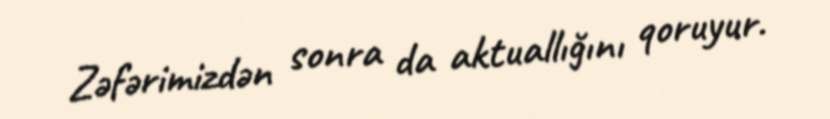
Zəfərimizdən sonra da aktuallığını qoruyur.